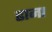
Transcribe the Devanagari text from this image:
ढाना